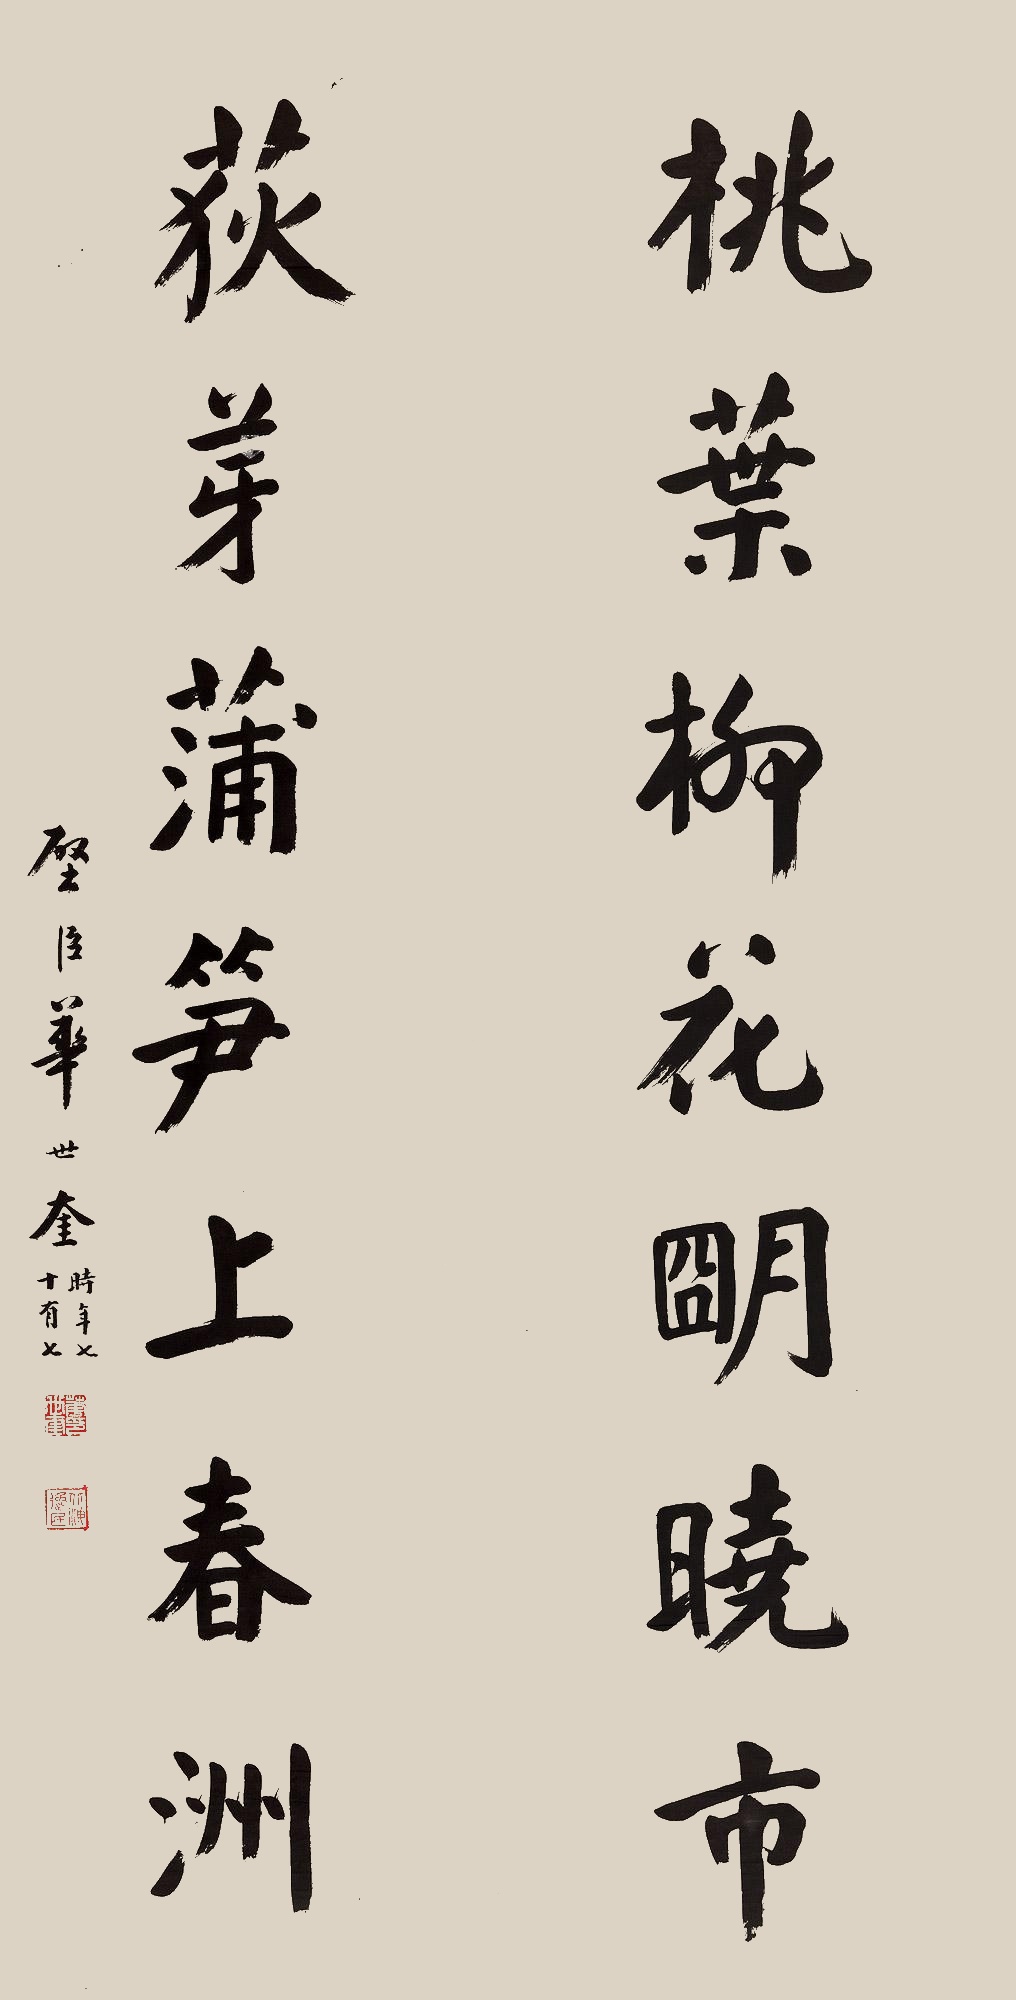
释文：桃叶柳花明晓市，荻芽蒲笋上春洲。璧臣华世奎。时年七十有七。